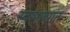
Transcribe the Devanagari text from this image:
स्वाभावगत